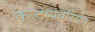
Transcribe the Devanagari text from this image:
केल्टायबेरियन